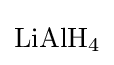
{\mathrm {LiAlH} {\vphantom {A}}_{\smash[{t}]{4}}}